Annual report of the Madras Medical College
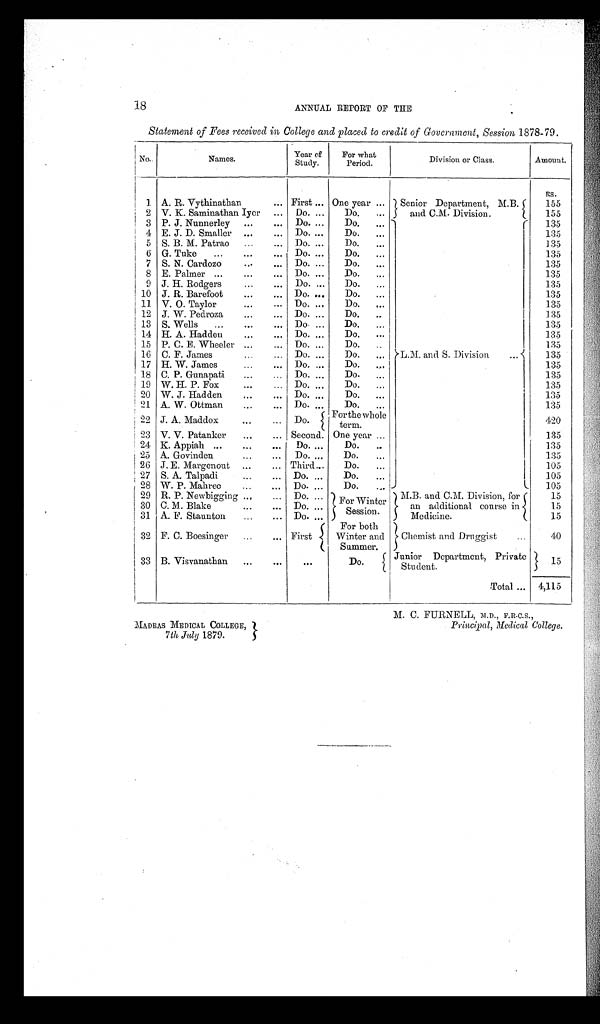
MADRAS MEDICAL COLLEGE,
7th July 1879.
M. C. FURNELL, F.R.C.S.,
Principal, Medical College.
18
ANNUAL REPORT OF THE
Statement of Fees received in College and placed to credit of Government, Session 1878-79.
No..
Names.
Year of
Study.
For what
Period.
Division or Class.
Amount.
1. A. R. Vythinathan
... First ... One year ... Senior Department, M.B.
and C.M. Division.
R s .
155
155
2 V. K. Saminathan Iyer ... Do. ...
Do.
...
3 P. J. Nunnerley ...
... Do. ...
Do.
...
L.M. and S. Division
...
135
135
4 E. J. D. Smaller ...
. . .
Do. ...
Do.
...
135
5 S. B. M. Patrao ...
... Do. ...
Do.
...
135
6 G. Tuke
...
...
... Do. ...
Do,
...
135
7 S. N. Cardozo
...
... Do. ...
Do.
...
135
8 E. Palmer ...
...
... Do. ...
Do.
...
135
9 J. H. Rodgers
... ... Do. ...
Do.
...
135
10 J. R. Barefoot
...
... Do. ...
Do.
...
135
11 V. O. Taylor
...
... Do. ..
Do.
...
135
12 J. W. Pedroza...
...
...
Do.
..
13 S. Wells
...
...
... Do. ...
Do.
...
135
14 H. A. Hadden...
...
Do. ...
Do.
...
135
135
15 P. C. E. Wheeler ...
... Do. ...
Do.
..
135
16
C . F . J a m e s . . .
Do. ...
Do.
...
135
17
• • •
H. W. James.., Do. ...
Do.
...
135
18 C. P. Gunapati... Do. ...
Do.
...
135
19 W. H. P. Fox
...
... Do. ...
Do.
...
135
20 W. J. Hadden...
...
...
Do.
...
135
21 A. W. Ottman
,..
...
Do....
Do.
...
22 J. A. Maddox
...
... Do.
For the whole
term.
420
135
23 V. V. Patanker
...
... Second. One year ...
135
24 K. Appiah ...... Do. ...
Do.
.
135
25 A. Govinden... Do. ...
Do.
...
105
26 J. E. Margenout ...
... Third...
Do.
...
105
27 S. A. Talpadi
...
... Do. ...
Do.
28 W. P. Mahree
...
... Do. ...
Do.
...
105
29 R. P. Newbigging ...
... Do. ... For Winter
Session.
M.B. and C.M. Division, for
an additional course in
Medicine.
15
15
30 C. M. Blake
... ... Do. ...
15
31 A. F. Staunton
... Do. ...
32 F. C. Boesinger ...
... First
For both
Winter and
Summer.
Chemist and Druggist
...
40
33 B. Visvanathan ...
...
. . .
Do.
Juni or Depar t ment , Pr i vat e
Student.
15
Total ... 4,115